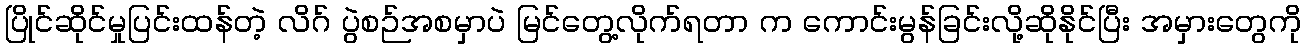
ပြိုင်ဆိုင်မှုပြင်းထန်တဲ့ လိဂ် ပွဲစဉ်အစမှာပဲ မြင်တွေ့လိုက်ရတာ က ကောင်းမွန်ခြင်းလို့ဆိုနိုင်ပြီး အမှားတွေကို